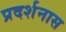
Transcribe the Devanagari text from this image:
प्रदर्शनास